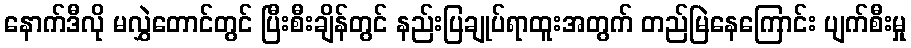
နောက်ဒီလို မလွှဲတောင်တွင် ပြီးစီးချိန်တွင် နည်းပြချုပ်ရာထူးအတွက် တည်မြဲနေကြောင်း ပျက်စီးမှု